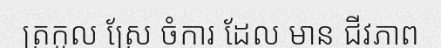
ត្រកូល ស្រែ ចំការ ដែល មាន ជីវភាព